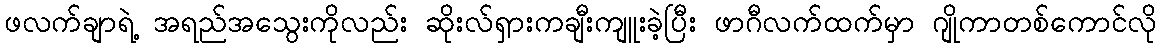
ဖလက်ချာရဲ့ အရည်အသွေးကိုလည်း ဆိုးလ်ရှားကချီးကျူးခဲ့ပြီး ဖာဂီလက်ထက်မှာ ဂျိုကာတစ်ကောင်လို